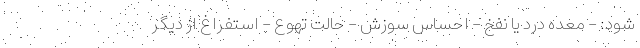
شود: - معده درد یا نفخ - احساس سوزش - حالت تهوع - استفراغ از دیگر